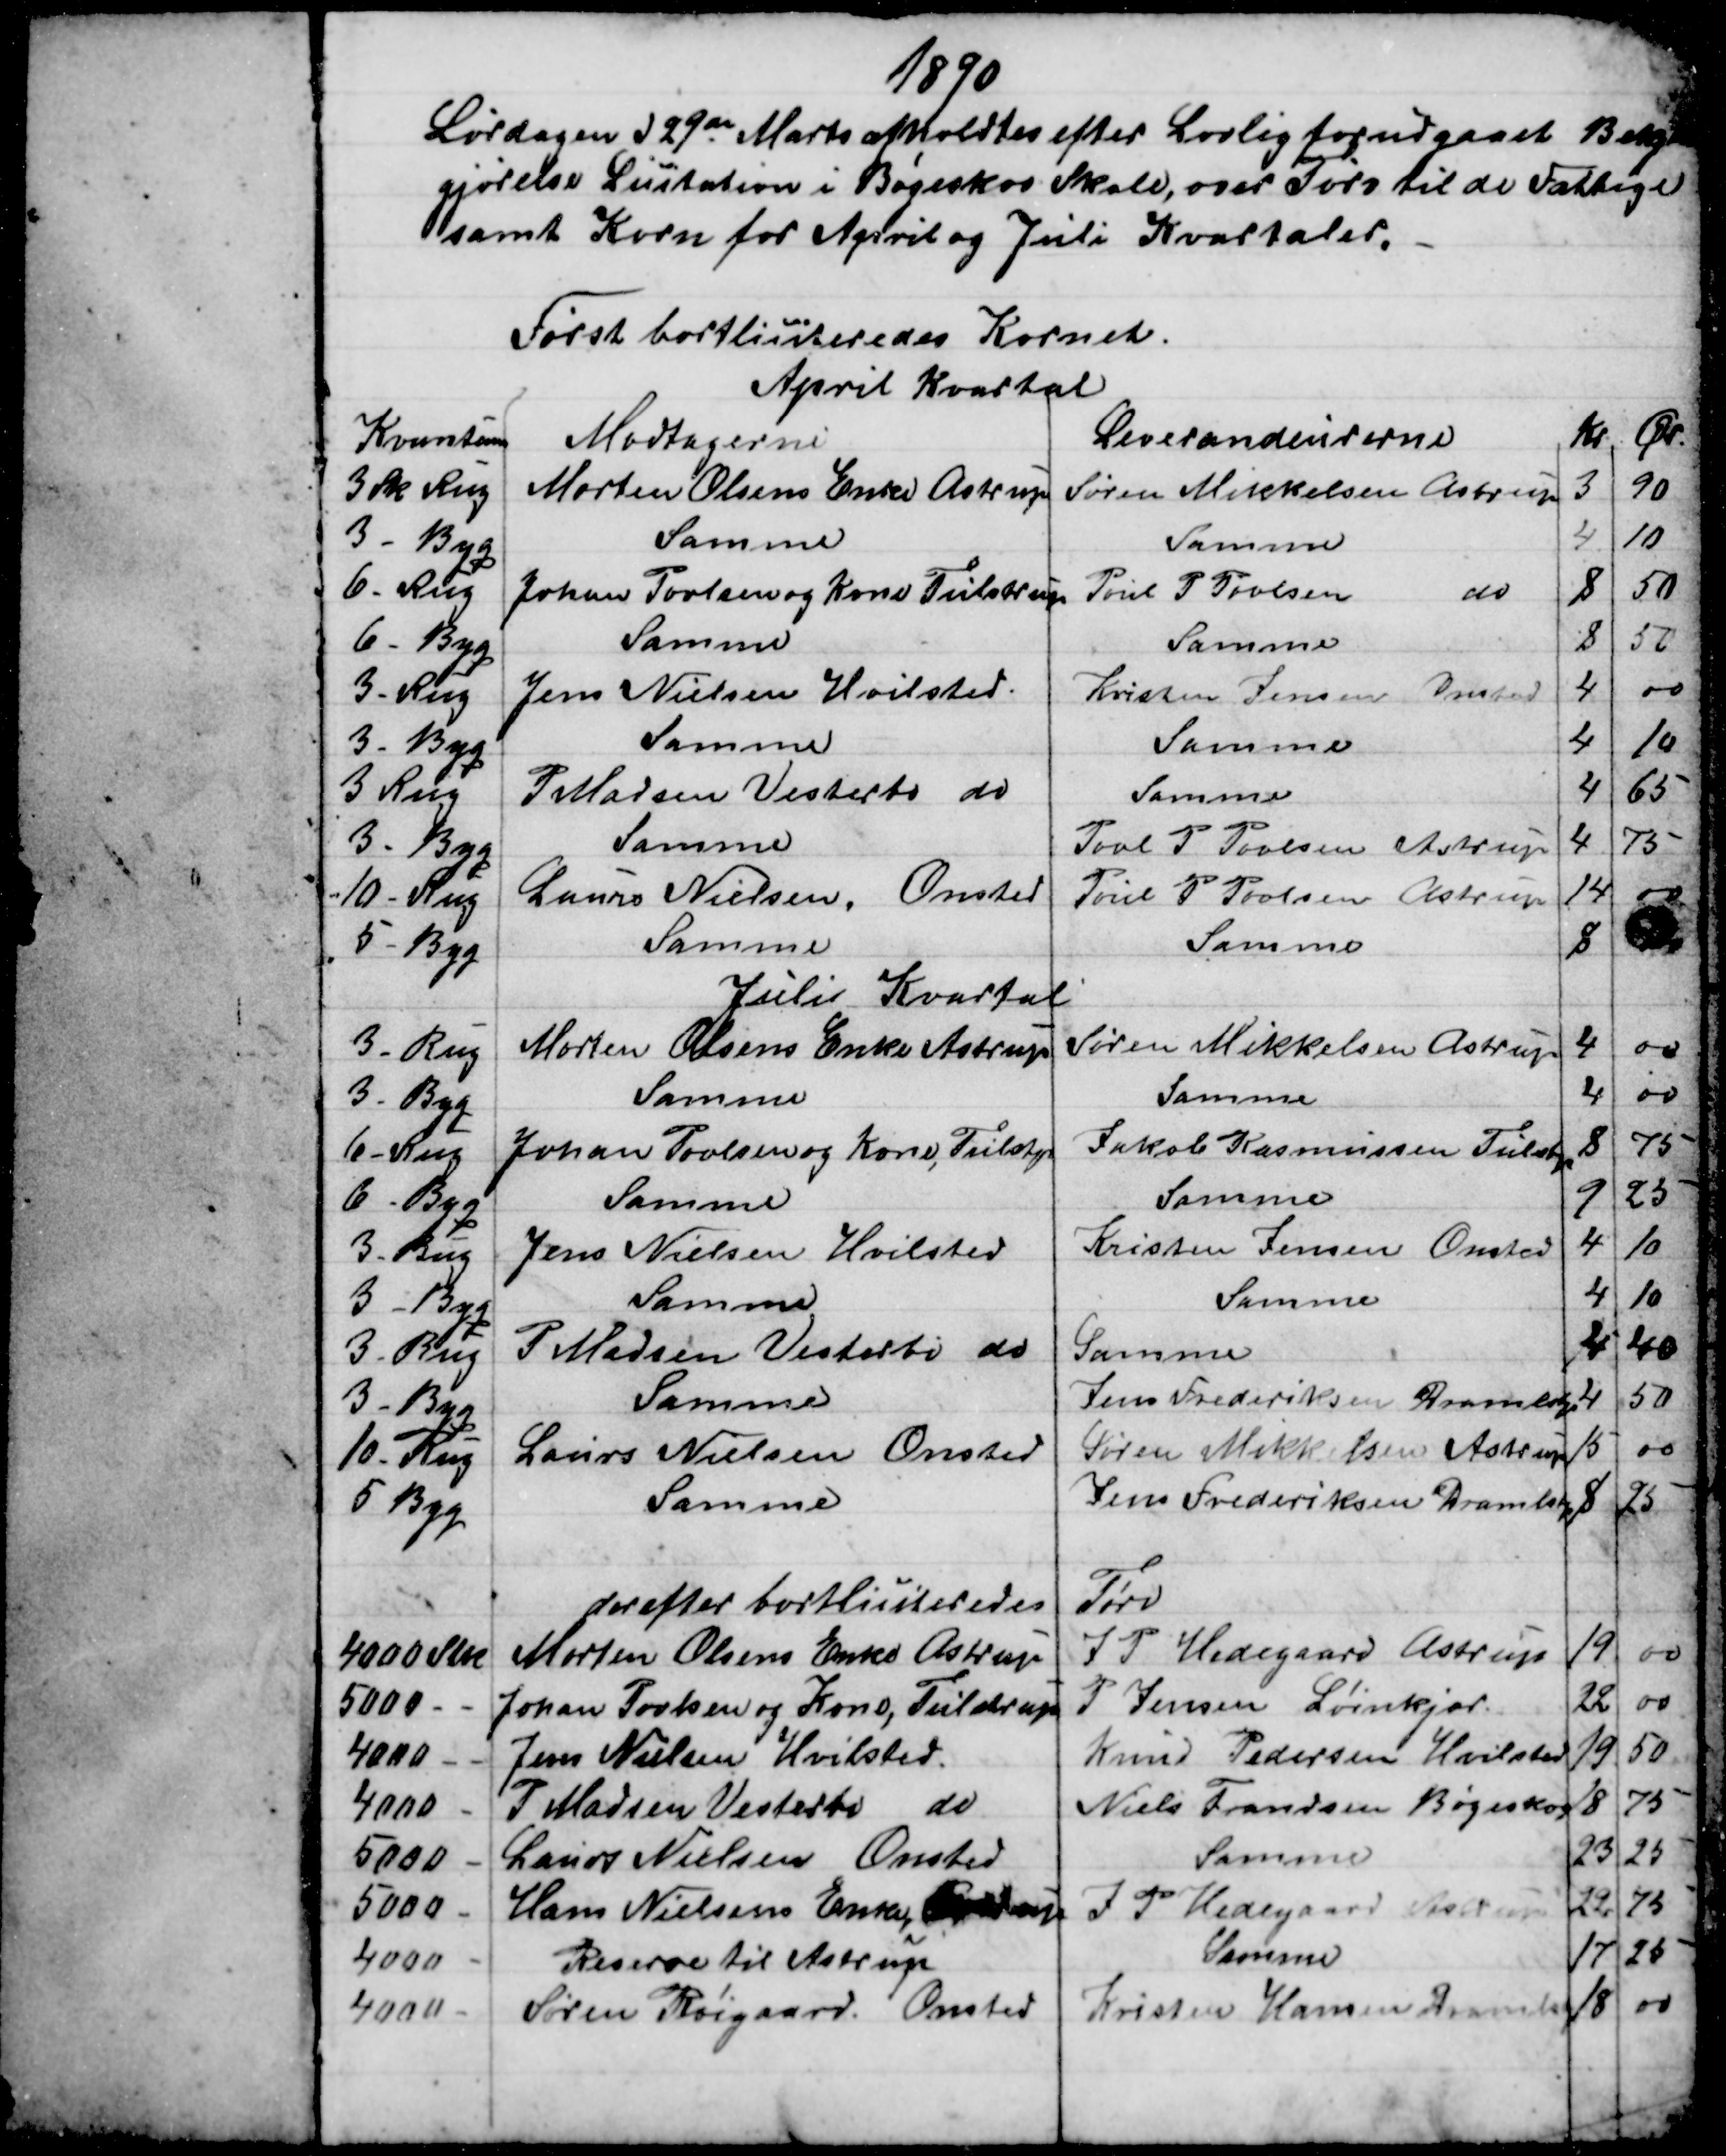
Transskription:
1890
Lørdagen d 29de Marts afholdtes efter Lovlig forudgaaet Bekjend
gjørelse Licitation i Bøgeskov Skole, over Tørv til de Fattige
samt Korn for April og Juli Kvartaler,
Først bortlisiteredes Kornet.
April Kvartal
Kvantum
Modtagerne
Leverandeurerne
Kr
Ør.
3 Sk Rug
Morten Olsens Enke Astrup
Søren Mikkelsen Astrup
3
90
3 - Byg
Samme
Samme
4
10
6 - Rug
Johan Povlsen og Kone Tulstrup
Poul P Povlsen
do
8
50
6 - Byg
Samme
Samme
8
50
3 - Rug
Jens Nielsen Hvilsted.
Kristen Jensen
Onsted
4
00
3 - Byg
Samme
Samme
4
10
3 Rug
P Madsen Vesterbo do
Samme
4
65
3 - Byg
Samme
Poul P. Povlsen
Astrup
4
75
10 - Rug
Laurs Nielsen, Onsted
Poul P Povlsen
Astrup
14
00
5 - Byg
Samme
Samme
8
Juli Kvartal
3 - Rug
Morten Olsens Enke Astrup
Søren Mikkelsen Astrup
4
00
3 - Byg
Samme
Samme
4
00
6 - Rug
Johan Povlsen og Kone, Tulstrup
Jakob Rasmussen Tulstrup
8
75
6 - Byg
Samme
Samme
9
25
3 - Rug
Jens Nielsen Hvilsted
Kristen Jensen Onsted
4
10
3 - Byg
Samme
Samme
4.
10
3 - Rug
P Madsen Vesterbo do
Samme
4
40
3 - Byg
Samme
Jens Frederiksen Dramlstrup
4
50
10 - Rug
Laurs Nielsen Onsted
Søren Mikkelsen Astrup
15
00
5 - Byg
Samme
Jens Frederiksen Dramlstrup
8
25
derefter bortliciteredes
Tørv
4000 Stk
Morten Olsens Enke Astrup
J P. Hedegaard, Astrup
19
00
5000 - -
Johan Povlsen og Kone, Tulstrup
P Jensen Løinkjær
22
00
4000 
Jens Nielsen Hvilsted.
Knud Pedersen Hvilsted
19
50
4000
P Madsen Vesterbo do
Niels Frandsen Bøgeskov
18
75
5000 
Laurs Nielsen Onsted
Samme
23
25
5000 
Hans Nielsens Enke, 
J P. Hedegaard Astrup
 22
75
4000 
Reserve til Astrup
Samme
17
25
4000 
Søren Røigaard, Onsted
Kristen Hansen Dramlstrup
18
00